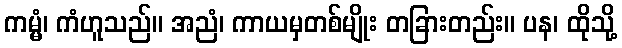
ကမ္မံ၊ ကံဟူသည်။ အညံ၊ ကာယမှတစ်မျိုး တခြားတည်း။ ပန၊ ထိုသို့